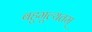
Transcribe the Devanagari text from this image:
बहुमूल्यतम्